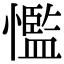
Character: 懢